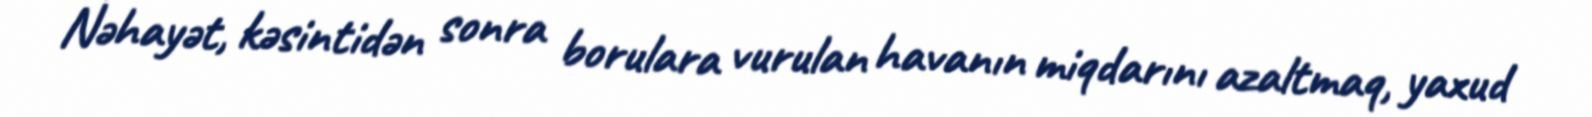
Nəhayət, kəsintidən sonra borulara vurulan havanın miqdarını azaltmaq, yaxud